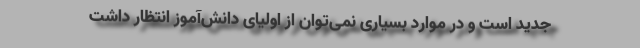
جدید است و در موارد بسیاری نمی‌توان از اولیای دانش‌آموز انتظار داشت